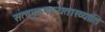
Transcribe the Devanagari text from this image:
सत्वपुरुषान्यताख्याति